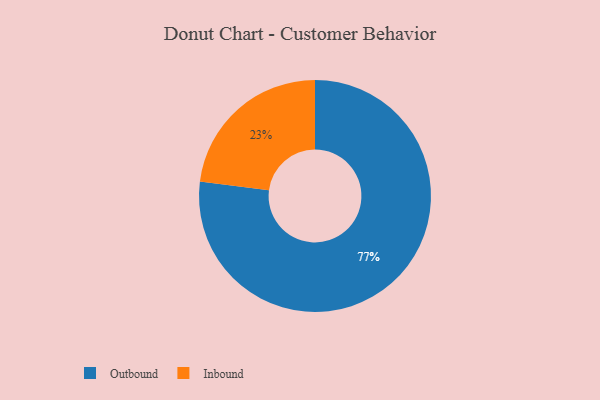
{"axis": {"x": "Category", "y": "Percentage"}, "legend": ["Inbound", "Outbound"], "data": [{"x": "Inbound", "y": 23, "type": "Inbound"}, {"x": "Outbound", "y": 77, "type": "Outbound"}]}